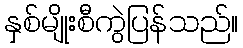
နှစ်မျိုးစီကွဲပြန်သည်။